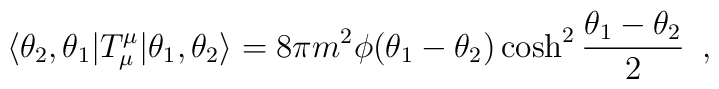
\langle \theta_2,\theta_1 | T_{\mu}^{\mu} |\theta_1,\theta_2 \rangle = 8 \pi m^2 \phi(\theta_1-\theta_2)\cosh^2\frac{\theta_1-\theta_2}{2} \,\,\,,